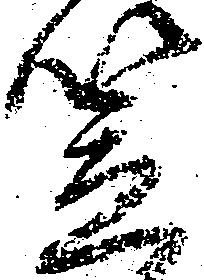
笠